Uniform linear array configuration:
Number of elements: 48
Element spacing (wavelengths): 0.5
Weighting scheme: exponential
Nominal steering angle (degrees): -30
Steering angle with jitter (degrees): -29.375
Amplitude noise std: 0.05
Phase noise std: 0.05

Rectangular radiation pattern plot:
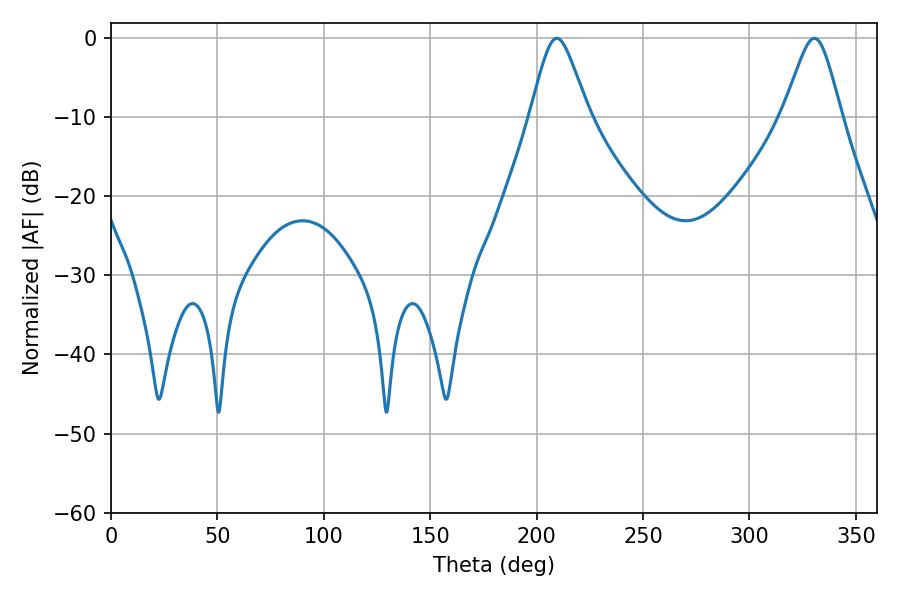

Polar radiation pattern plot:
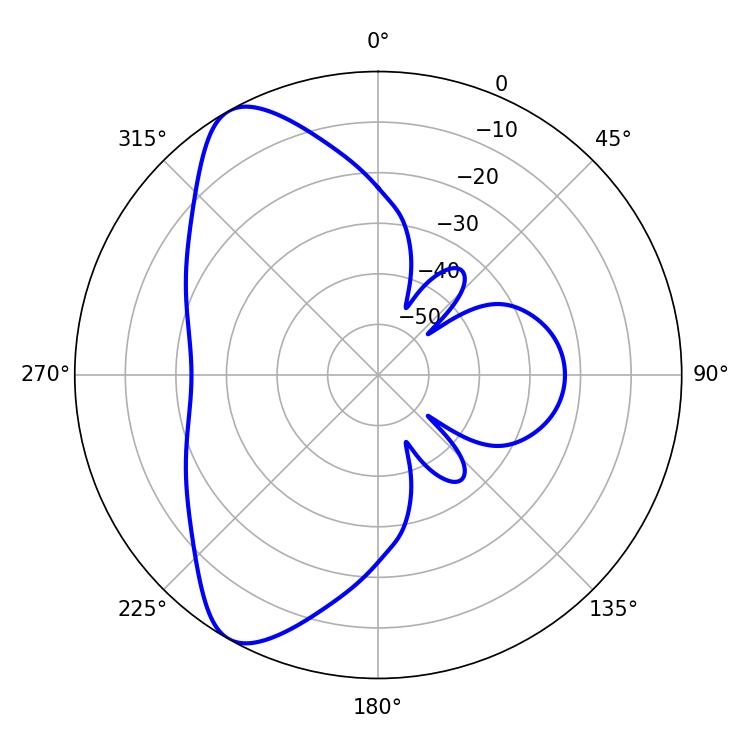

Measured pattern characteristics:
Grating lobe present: FALSE
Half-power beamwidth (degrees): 13.14
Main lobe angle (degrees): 209.52